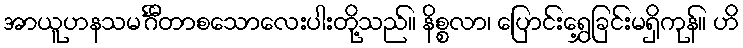
အာယူဟနသမင်္ဂီတာစသောလေးပါးတို့သည်။ နိစ္စလာ၊ ပြောင်းရွှေ့ခြင်းမရှိကုန်။ ဟိ